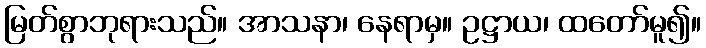
မြတ်စွာဘုရားသည်။ အာသနာ၊ နေရာမှ။ ဥဋ္ဌာယ၊ ထတော်မူ၍။